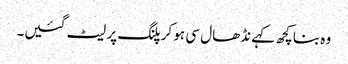
وہ بنا کچھ کہے نڈھال سی ہو کر پلنگ پر لیٹ گئیں۔